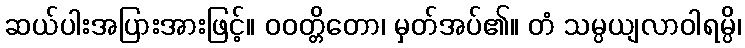
ဆယ်ပါးအပြားအားဖြင့်။ ဝဝတ္တိတော၊ မှတ်အပ်၏။ တံ သမ္ပယျလာဝါရမ္ပိ၊